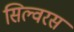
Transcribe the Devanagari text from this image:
सिल्वरस